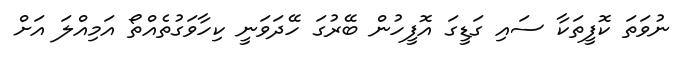
ނުވަތަ ކޮފީތަކާ ސައި ގަޑީގަ އޮފީހުން ބޭރުގަ ހޭދަވަނީ ކިހާވަގުތެއްތޯ އަމިއްލަ އަށް